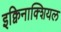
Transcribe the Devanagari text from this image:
इक्विनाक्शियल